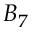
B _ { 7 }